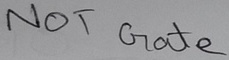
Text: NOT Gate